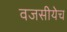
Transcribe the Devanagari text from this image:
वजसीयेच